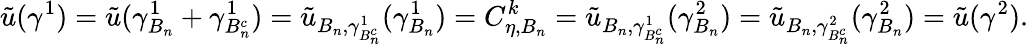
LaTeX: \tilde{u}(\gamma^{1})=\tilde{u}(\gamma_{B_{n}}^{1}+\gamma_{B_{n}^{c}}^{1})=\tilde{u}_{B_{n},\gamma_{B_{n}^{c}}^{1}}(\gamma_{B_{n}}^{1})=C_{\eta,B_{n}}^{k}=\tilde{u}_{B_{n},\gamma_{B_{n}^{c}}^{1}}(\gamma_{B_{n}}^{2})=\tilde{u}_{B_{n},\gamma_{B_{n}^{c}}^{2}}(\gamma_{B_{n}}^{2})=\tilde{u}(\gamma^{2}).